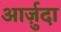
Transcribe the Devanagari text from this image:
आर्ज़ुदा